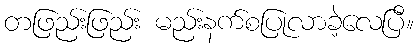
တဖြည်းဖြည်း မည်းနက်စပြုလာခဲ့လေပြီ။